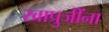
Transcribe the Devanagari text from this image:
खाप्रुजींना